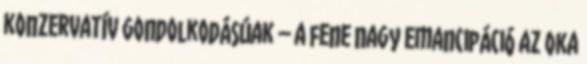
konzervatív gondolkodásúak – a fene nagy emancipáció az oka